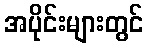
အပိုင်းများတွင်